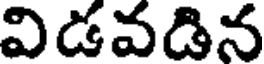
విడవడిన